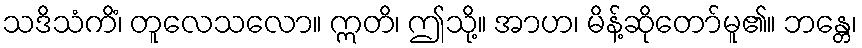
သဒိသံကိံ၊ တူလေသလော။ ဣတိ၊ ဤသို့။ အာဟ၊ မိန့်ဆိုတော်မူ၏။ ဘန္တေ၊